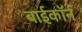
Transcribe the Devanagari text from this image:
बाईकॉर्न